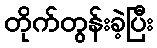
တိုက်တွန်းခဲ့ပြီး